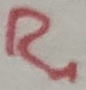
Text: R1